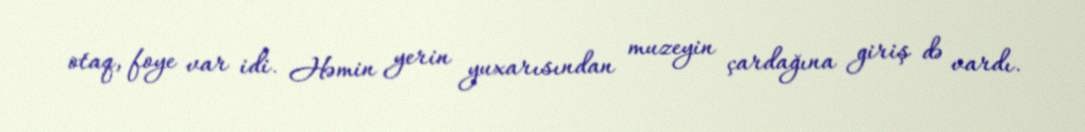
otaq, foye var idi. Həmin yerin yuxarısından muzeyin çardağına giriş də vardı.